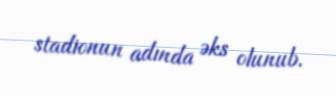
stadionun adında əks olunub.